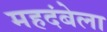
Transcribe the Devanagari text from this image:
महदंबेला